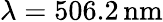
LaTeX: \lambda=506.2\, \textrm{nm}